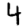
Digit: 4